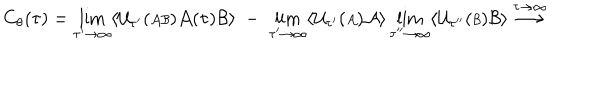
C _ { \theta } ( \tau ) = \lim _ { \tau ^ { \prime } \rightarrow \infty } \langle { \cal U } _ { \tau ^ { \prime } } ( { \scriptstyle { \cal A B } } ) { \cal A } ( \tau ) { \cal B } \rangle \; - \; \lim _ { \tau ^ { \prime } \rightarrow \infty } \langle { \cal U } _ { \tau ^ { \prime } } ( { \scriptstyle { \cal A } } ) { \cal A } \rangle \lim _ { \tau ^ { \prime \prime } \rightarrow \infty } \langle { \cal U } _ { \tau ^ { \prime \prime } } ( { \scriptstyle { \cal B } } ) { \cal B } \rangle \stackrel { \tau \rightarrow \infty } { \longrightarrow }